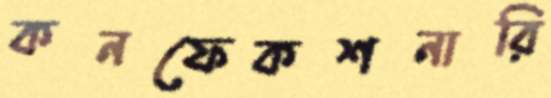
কনফেকশনারি